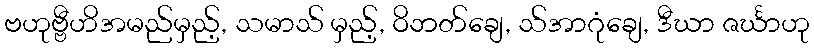
ဗဟုဗ္ဗီဟိအမည်မှည့်, သမာသ် မှည့်, ဝိဘတ်ချေ, သ်အာဂုံချေ, ဒီဃာ ဇင်္ဃာဟု